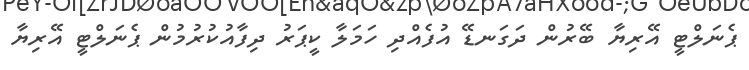
ޕެނަލްޓީ އޭރިޔާ ބޭރުން ދަގަނޑޭ އުފެއްދި ހަމަލާ ކީޕަރު ދިފާއުކުރުމުން ޕެނަލްޓީ އޭރިޔާ